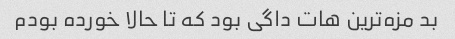
بد مزه‌ترین هات داگی بود که تا حالا خورده بودم